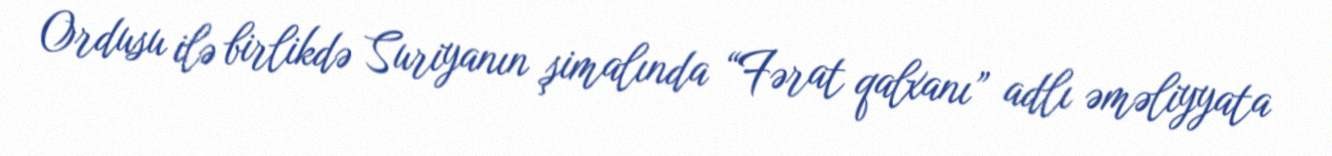
Ordusu ilə birlikdə Suriyanın şimalında “Fərat qalxanı” adlı əməliyyata